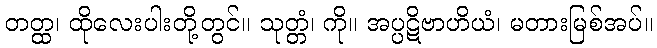
တတ္ထ၊ ထိုလေးပါးတို့တွင်။ သုတ္တံ၊ ကို။ အပ္ပဋိဗာဟိယံ၊ မတားမြစ်အပ်။